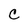
Character: C